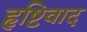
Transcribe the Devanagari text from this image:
हृष्टिवाद